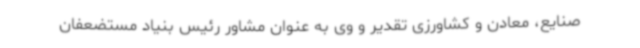
صنایع، معادن و کشاورزی تقدیر و وی به عنوان مشاور رئیس بنیاد مستضعفان